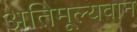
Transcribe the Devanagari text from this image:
अतिमूल्यवान